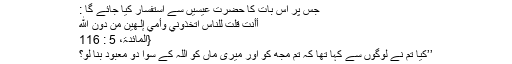
جس پر اس بات کا حضرت عیسیٰں سے استفسار کیا جائے گا :
أَأَنتَ قُلتَ لِلنَّاسِ اتَّخِذُونِي وَأُمِّيَ إِلَـهَيْنِ مِن دُونِ اللّهِ
{المائدۃ، 5 : 116
’’کیا تم نے لوگوں سے کہا تھا کہ تم مجھ کو اور میری ماں کو اللہ کے سوا دو معبود بنا لو؟